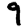
Digit: 9